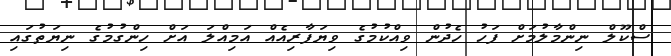
ސްކޫލް ނިންމާލުމަށް ފަހު ހެދުން ވިއްކުމުގެ ވިޔަފާރިއެއް އަމިއްލަ އަށް ހިންގުމުގެ ނިޔަތުގައި